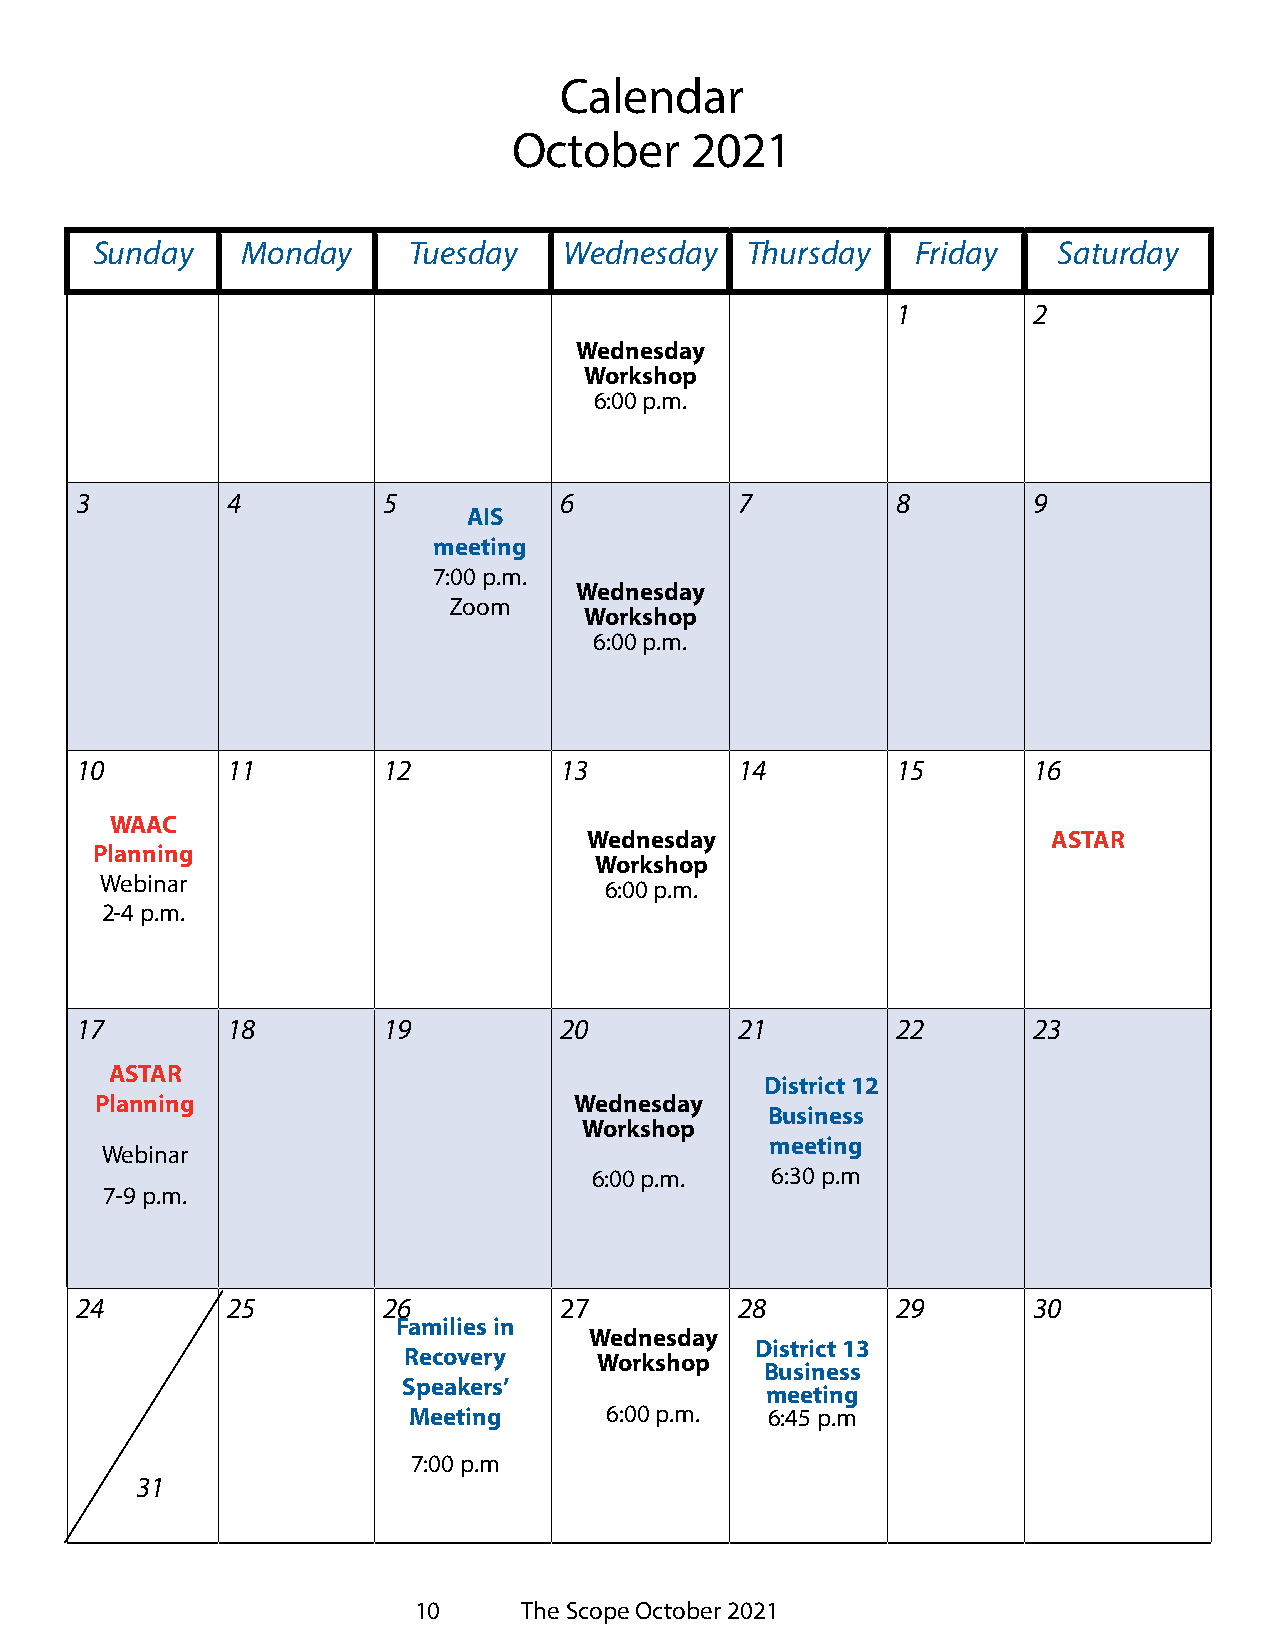
Calendar
 October     2021
 Sunday    Monday     Tuesday   Wednesday   Thursday    Friday   Saturday
 1        2
 Wednesday
 Workshop
 6:00 p.m.
 3         4         5           6           7         8        9
 AIS
 meeting
 7:00 p.m.
 Wednesday
 Zoom
 Workshop
 6:00 p.m.
 10        11        12          13          14        15       16
 WAAC
 Wednesday                      ASTAR
 Planning
 Workshop
 Webinar                          6:00 p.m.
 2-4 p.m.
 17        18        19          20          21        22       23
 ASTAR
 District 12
 Planning                        Wednesday
 Business
 Workshop
 meeting
 Webinar
 6:00 p.m.   6:30 p.m
 7-9 p.m.
 24        25        26          27          28        29       30
 Families in
 Wednesday
 District 13
 Recovery
 Workshop
 Business
 Speakers’
 meeting
 Meeting      6:00 p.m.  6:45 p.m
 7:00 p.m
 31
 10     The Scope October 2021